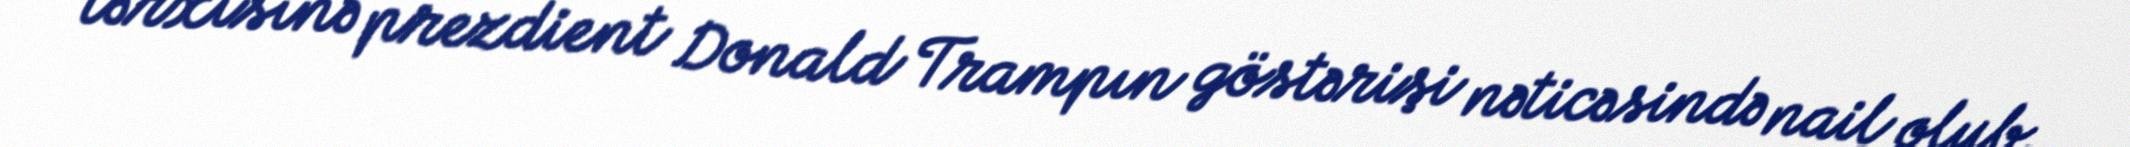
tərxisinə prezdient Donald Trampın göstərişi nəticəsində nail olub.